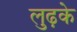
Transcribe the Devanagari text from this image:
लुढ़के